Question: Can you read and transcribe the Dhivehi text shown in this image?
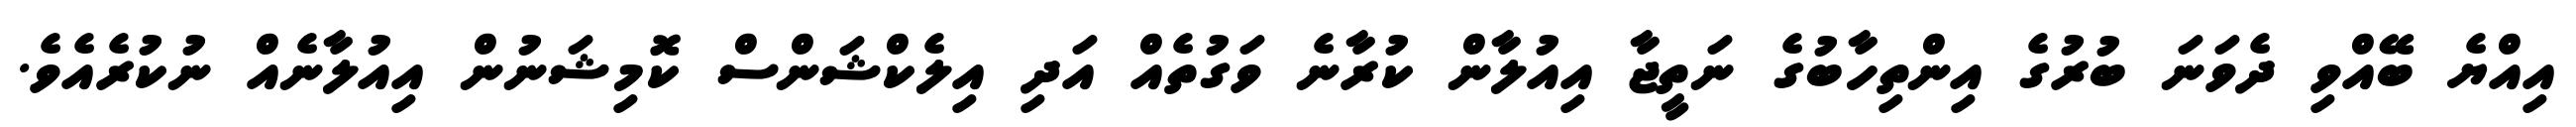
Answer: އިއްޔެ ބޭއްވި ދެވަނަ ބުރުގެ އިންތިހާބުގެ ނަތީޖާ އިއުލާން ކުރާނެ ވަގުތެއް އަދި އިލެކްޝަންސް ކޮމިޝަނުން އިއުލާނެއް ނުކުރެއެވެ.